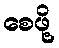
စေဖို့